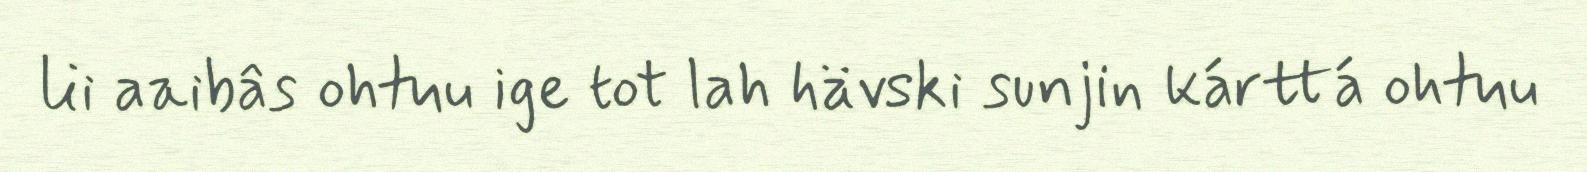
lii aaibâs ohtuu ige tot lah hävski sunjin kárttá ohtuu